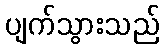
ပျက်သွားသည်